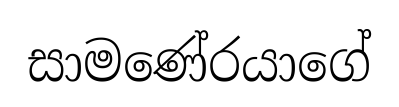
සාමණේරයාගේ